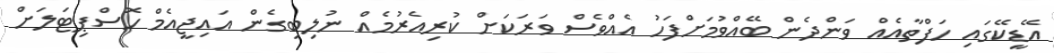
އޭޑީކޭގައި ހަފްތާއެއް ވަންދެން ބޭއްވުމަށްފަހު އެއްވެސް ވަރަކަށް ކުރިއެރުމެއް ނުލިބިގެން އައިޖީއެމް ހޮސްޕިޓަލަށް